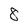
Character: 8